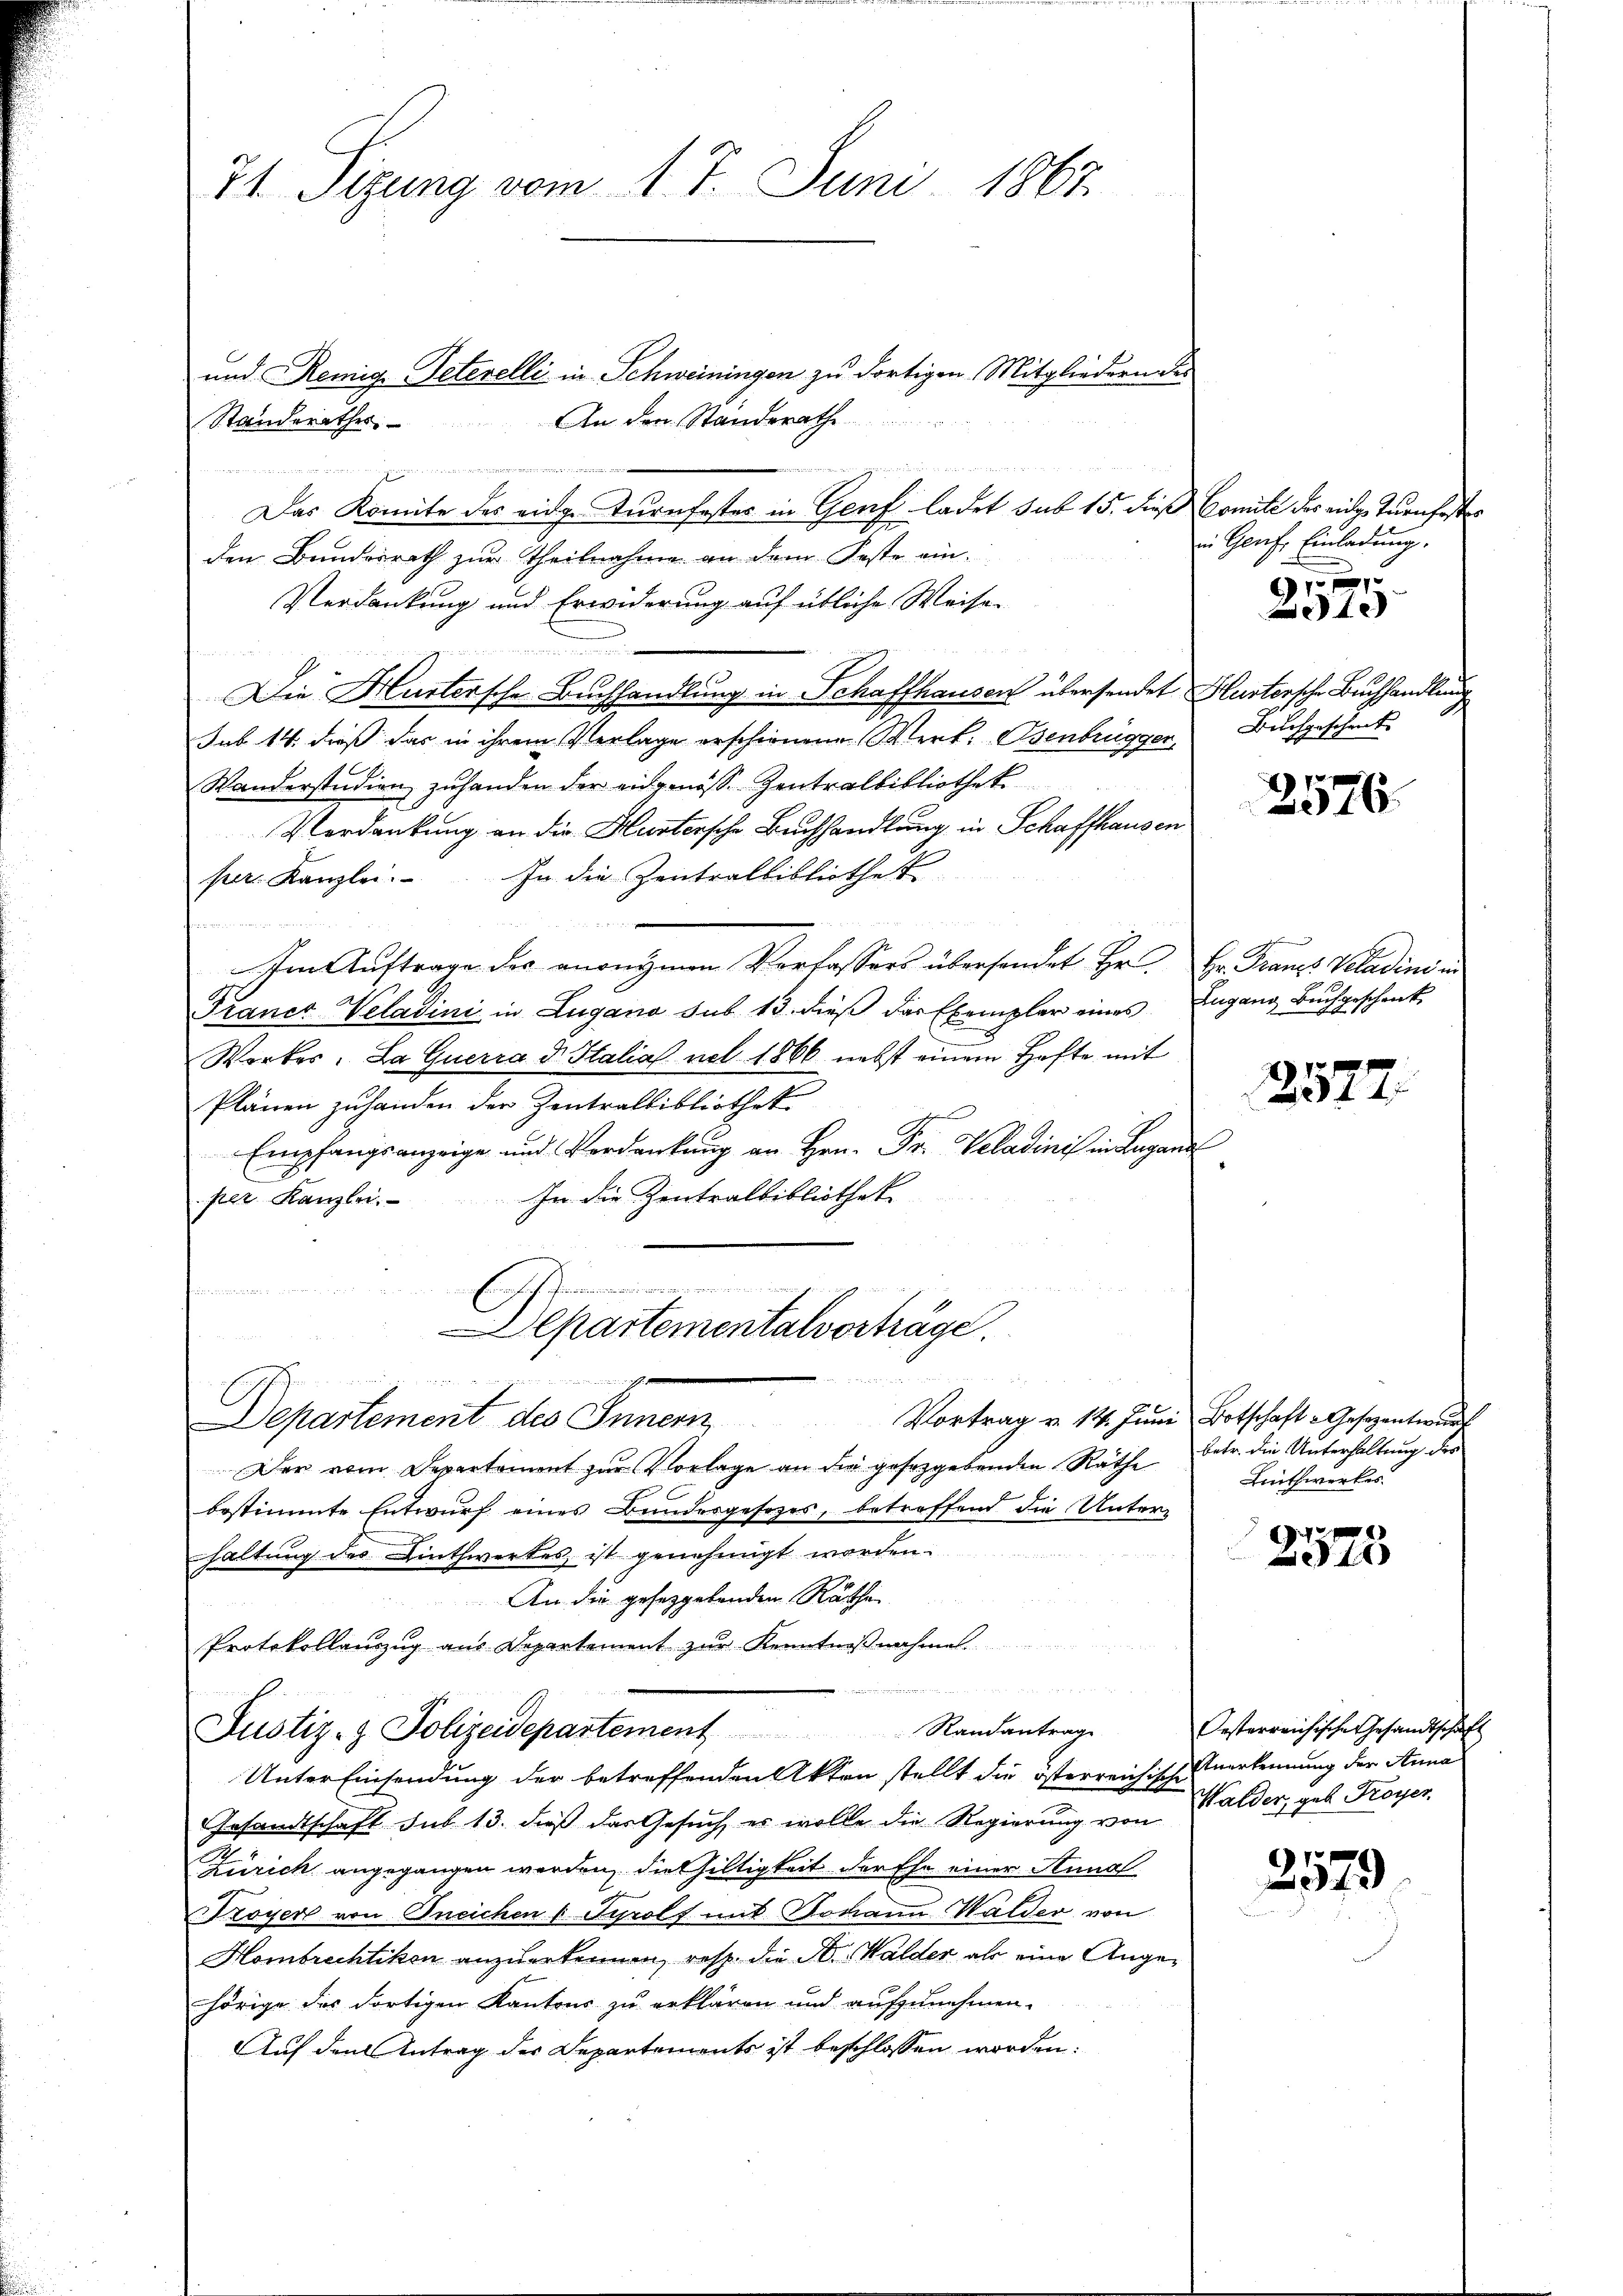
und Remige Peterelli in Schweiningen zu dortigen Mitgliedern des
Standerathes. An den Standerathe
n
..............
Das Komite des eidge Turnfester in Genf ladet sub 15. dieß Comité des eidge Turnfestes
den Bundesrath zur Theilnahme an dem Feste ein¬
Verdankung und Erwiderung auf übliche Weise
d

Die Hustersche Buchhandlung in Schaffhausen übersendet Hustersche Buchhandlein
sub 14. dieß das in ihrem Verlage erschienene Wert, Osenbrügger,
Wanderstudien zuhanden der eidgenöss Zentralbibliothek
Verdankung an die Hustersche Buchhandlung in Schaffhausen
per. Kanzlei. In die Zentralbibliothek
.
Im Auftrage des anonymen Verfassers übersendet Hr. Hr. Franes Veladini in
Franer Veladini in Lugano sub 13. dieß das Exemplar eines Zugang Bŭchgeschenk-
Warter. Da Querra dr. Stalia nel 1866 nebst einem Hefte mit
Plänen zuhanden der Zentralbibliothek
Empfangsanzeige und Verdankung an Hrn. Fr. Veladinis in Lugand
per Kanzlei. In die Zentralbibliothek
u
ch Jemann
epartementalvorträge.
Semmen
 H
ie in eines
Departement des Innern Vortrag u. 14. Jŭni Botschaft Gesezentwŭr
Der vom Departement zur Vorlage an die gesetzgebenden Räthe betr. die Unterhaltung des
bestimmte Entwurf eines Bundesgesetzes, betreffend die Unter-
haltung des Linthwerkes ist genehmigt worden.
An die gesetzgebenden Räthen
Protokollauszug aus Departement zur Kenntnißnahme

Randantrage
Justiz- & Polizeidepartement
Unter Einsendung der betreffenden Akten stellt die österreichische Verkennung der Anna
Gesandtschaft sub 13. dieß das Gesuch, es wolle die Regierung von Walder, geb. Troyer
Zürich angegangen werden, die Hiltigkeit der Ehe einer Annal
royer von Oneichen u. Tyrolf mit Johann Walder von
Hombrechtikon anzuerkennen, resp. die St. Walder, als eine Angehörige des dortigen Kantons zu erklären und aufzunehmen.
Auf den Antrag der Departements ist beschlossen worden:

71 Sizung vom 17. Juni 1867.

in Genf Einladung.
f

Buchgeschenk

2576.

A

s
2314

Lethwerkes

.
2573

Oesterreichisches Gesandtschaft

2579